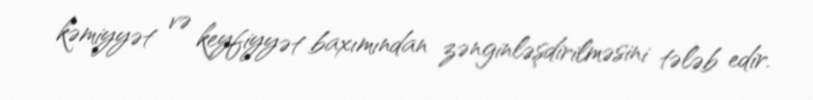
kəmiyyət və keyfiyyət baxımından zənginləşdirilməsini tələb edir.